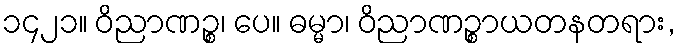
၁၄၂၁။ ဝိညာဏဉ္စ၊ ပေ။ ဓမ္မာ၊ ဝိညာဏဉ္စာယတနတရား,